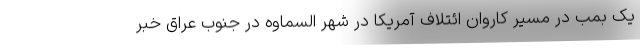
یک بمب در مسیر کاروان ائتلاف آمریکا در شهر السماوه در جنوب عراق خبر